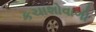
કચાશોવાળી